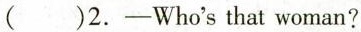
( )2.-Who's that woman?